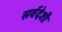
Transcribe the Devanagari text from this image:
सर्वदेशी